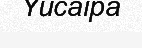
Yucaipa